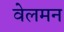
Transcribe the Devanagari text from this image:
वेलमन